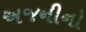
અજનીનો